Memorandum on the prevention of leprosy by segregation of the affected
Disease focus: Leprosy
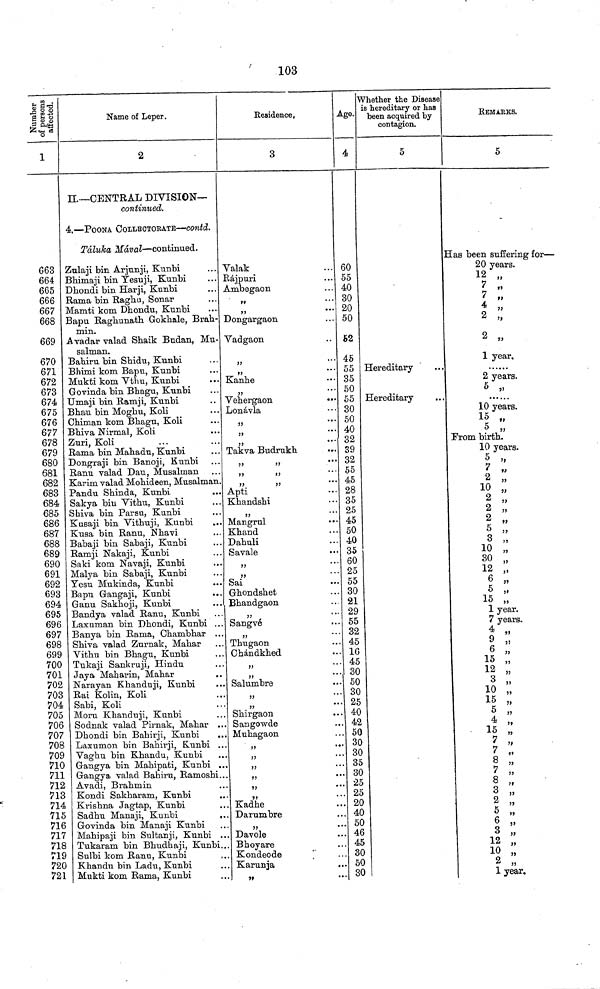
103
Number of persons affected.
1
663
664
665
666
667
668
669
670
671
672
673
674
675
676
677
678
679
680
681
682
683
684
685
686
687
688
689
690
691
692
693
694
695
696
697
698
699
700
701
702
703
704
705
706
707
708
709
710
711
712
713
714
715
716
717
718
719
720
721
Name of Leper.
2
II.—CENTRAL DIVISION-
continued.
4.—POONA COLLECTORATE—contd.
Táluka Mával—continued.
Zulaji bin Arjunji, Kunbi
Bhimaji bin Yesuji, Kunbi
Dhondi bin Harji, Kunbi
Rama bin Raghu, Sonar
Mamti kom Dhondu, Kunbi
Bapu Raghunath Gokhale, Brah-
min.
Avadar valad Shaik Budan, Mu-salman
Bahiru bin Shidu, Kunbi
Bhimi kom Bapu, Kunbi
Mukti kom Vthu, Kunbi
Govinda bin Bhagu, Kunbi
Umaji bin Ramji, Kunbi
Bhau bin Moghu, Koli
Chiman kom Bhagu, Koli
Bhiva Nirmal, Koli
Zuri, Koli
Rama bin Mahadu, Kunbi
Dongraji bin Banoji, Kunbi
Ranu valad Dau, Musalman
Karim valad Mohideen, Musalman.
Pandu Shinda, Kunbi
Sakya bin Vithu, Kunbi
Shiva bin Parsu, Kunbi
Kusaji bin Vithuji, Kunbi
Kusa bin Ranu, Nhavi
Babaji bin Sabaji, Kunbi
Ramji Nakaji, Kunbi
Saki kom Navaji, Kunbi
Malya bin Sabaji, Kunbi
Yesu Mukinda, Kunbi
Bapu Gangaji, Kunbi
Ganu Sakhoji, Kunbi
Bandya valad Ranu, Kunbi
Laxuman bin Dhondi, Kunbi ...
Banya bin Rama, Chambhar ..
Shiva valad Zurnak, Mahar
Vithu bin Bhagu, Kunbi
Tukaji Sankruji, Hindu
Jaya Maharin, Mahar
..
Narayan Khanduji, Kunbi
Rai Kolin, Koli
Sabi, Koli
Moru Khanduji, Kunbi
Sodnak valad Pirnak, Mahar ..
Dhondi bin Bahirji, Kunbi
Laxumon bin Bahirji, Kunbi ..
Vaghu bin Khandu, Kunbi
Gangya bin Mahipati, Kunbi .
Gangya valad Bahiru, Ramoshi.
Avadi, Brahmin
Kondi Sakharam, Kunbi
Krishna Jagtap, Kunbi
Sadhu Manaji, Kunbi
Govinda bin Manaji Kunbi
Mahipaji bin Sultanji, Kunbi .
Tukaram bin Bhudhaji, Kunbi.
Sulbi kom Ranu, Kunbi
Khandu bin Ladu, Kunbi
Mukti kom Rama, Kunbi
Residence,
3
Valak
Rajpuri
Ambegaon
„
„
Dongargaon
Vadgaon
„
„
Kanhe
„
Vehergaon
Lonávla
„
„
Takva Budrukh
„
„ „ ...
Apti
Khandshi
„
Mangrul
Khand
Dahuli
S avale
„
„
Sai
Ghondshet
Bhandgaon
Sangvé
Thugaon
Chándkhed
„
„
Salumbre
„
„
Shirgaon
Sangowde
Muhagaon
„
„
„
„
Kadhe
Darumbre
Davole
Bhoyare
Kondeode
Karunja
„
Age.
4
60
55
40
30
20
50
52
45
55
35
50
55
30
50
40
32
39
32
55
45
28
35
25
45
50
40
35
60
25
55
30
21
29
55
32
45
16
45
30
50
30
25
40
42
50
30
30
35
30
25
25
20
40
50
46
45
30
50
30
Whether the Disease
is hereditary or has
been acquired by
contagion.
5
Hereditary
Hereditary
REMA.RKS.
5
Has been suffering for—
20 years.
7 „
7 „
4 „
2 „
2 „
1 year.
......
2 years.
5 „
10 years.
15 „
5 „
From birth.
10 years.
5 „
2 „
10 „
2 „
2 „
2 „
5 „
3 „
10 „
30 „
12 „
6 „
5 „
15 „
1 year.
7 years.
4 „
9 „
6 „
15 „
12 „
3 „
10 „
15 „
5 „
4 „
15 „
7 „
7 „
8 „
7 „
8 „
3 „
2 „
5 „
6 „
3 „
12 „
10 „
2 „
1 year.